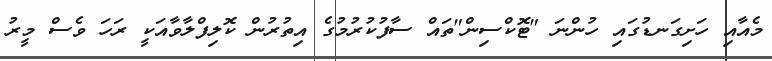
މެއާއި ހަށިގަނޑުގައި ހުންނަ "ޓޮކްސިން"ތައް ސާފުކުރުމުގެ އިތުރުން ކޮލިފްލާވާއަކީ ރަހަ ވެސް މީރު